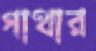
গাথার